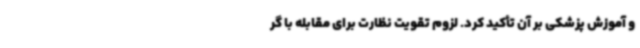
و آموزش پزشکی بر آن تأکید کرد. لزوم تقویت نظارت برای مقابله با گر